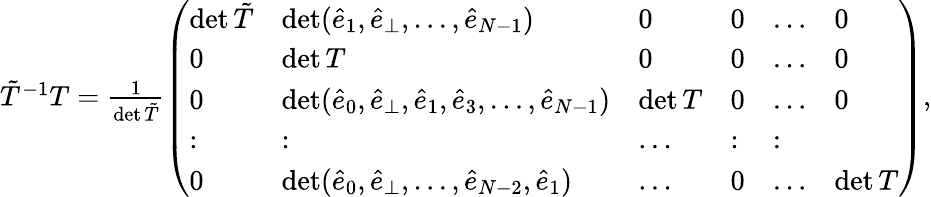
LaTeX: \begin{array}{r}{\tilde{T}^{-1}T=\frac{1}{\operatorname*{det}\tilde{T}}\left(\begin{array}{llllll}{\operatorname*{det}\tilde{T}}&{\operatorname*{det}(\hat{e}_{1},\hat{e}_{\perp},\dots,\hat{e}_{N-1})}&{0}&{0}&{\dots}&{0}\\ {0}&{\operatorname*{det}T}&{0}&{0}&{\dots}&{0}\\ {0}&{\operatorname*{det}(\hat{e}_{0},\hat{e}_{\perp},\hat{e}_{1},\hat{e}_{3},\dots,\hat{e}_{N-1})}&{\operatorname*{det}T}&{0}&{\dots}&{0}\\ {:}&{:}&{\dots}&{:}&{:}\\ {0}&{\operatorname*{det}(\hat{e}_{0},\hat{e}_{\perp},\dots,\hat{e}_{{N}-2},\hat{e}_{1})}&{\dots}&{0}&{\dots}&{\operatorname*{det}T}\end{array}\right),}\end{array}